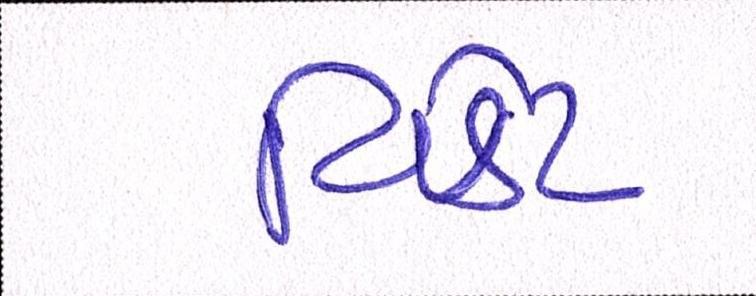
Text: વિકેટે